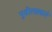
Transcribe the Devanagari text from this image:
पुढीलप्रकारे